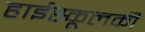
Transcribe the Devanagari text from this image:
हाईस्कूलकी